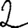
Digit: 2